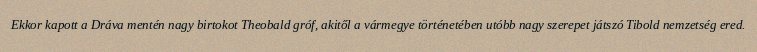
Ekkor kapott a Dráva mentén nagy birtokot Theobald gróf, akitől a vármegye történetében utóbb nagy szerepet játszó Tibold nemzetség ered.